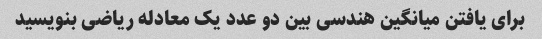
برای یافتن میانگین هندسی بین دو عدد یک معادله ریاضی بنویسید